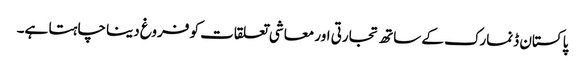
پاکستان ڈنمارک کے ساتھ تجارتی اور معاشی تعلقات کو فروغ دینا چاہتا ہے۔